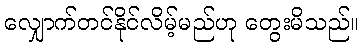
လျှောက်တင်နိုင်လိမ့်မည်ဟု တွေးမိသည်။